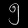
Digit: ၅